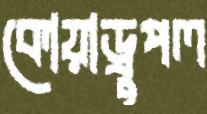
কোয়াড্রুপল